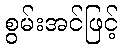
စွမ်းအင်ဖြင့်